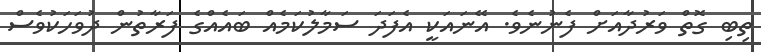
ތިބި ގޮތް ވަރުދާއަށް ފެނުނެވެ. އޭނައަކީ އެފަދަ ސަމާލުކަމެއް ބައެއްގެ ފަރާތުން ދުވަހަކުވެސް